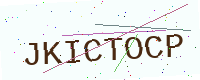
Text: JKICTOCP